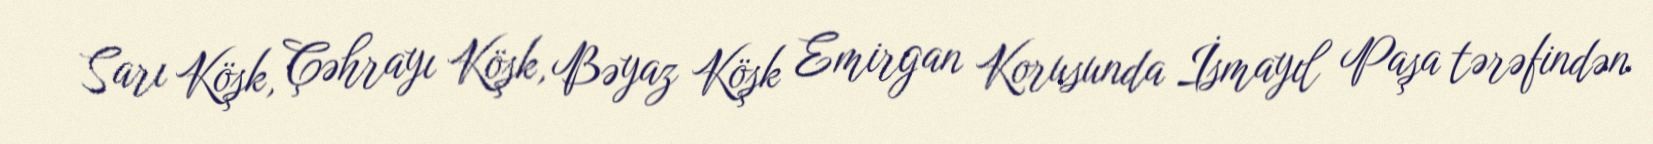
Sarı Köşk, Çəhrayı Köşk, Bəyaz Köşk Emirgan Korusunda İsmayıl Paşa tərəfindən